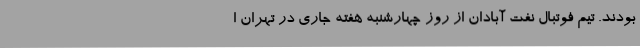
بودند. تیم فوتبال نفت آبادان از روز چهارشنبه هفته جاری در تهران ا